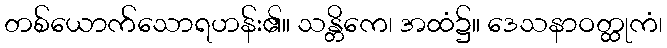
တစ်ယောက်သောရဟန်း၏။ သန္တိကေ၊ အထံ၌။ ဒေသနာဝတ္ထုကံ၊